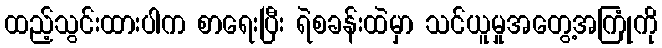
ထည့်သွင်းထားပါက စာရေးပြီး ရဲစခန်းထဲမှာ သင်ယူမှုအတွေ့အကြုံကို